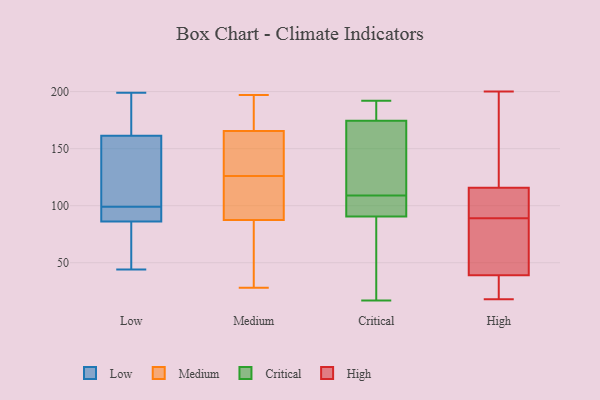
{"axis": {"x": "Bounce Rate (%)", "y": "Value"}, "legend": ["Critical", "High", "Low", "Medium"], "data": [{"x": "", "y": 96, "type": "Low"}, {"x": "", "y": 183, "type": "Low"}, {"x": "", "y": 135, "type": "Low"}, {"x": "", "y": 44, "type": "Low"}, {"x": "", "y": 65, "type": "Low"}, {"x": "", "y": 189, "type": "Low"}, {"x": "", "y": 159, "type": "Low"}, {"x": "", "y": 141, "type": "Low"}, {"x": "", "y": 176, "type": "Low"}, {"x": "", "y": 52, "type": "Low"}, {"x": "", "y": 127, "type": "Low"}, {"x": "", "y": 87, "type": "Low"}, {"x": "", "y": 96, "type": "Low"}, {"x": "", "y": 86, "type": "Low"}, {"x": "", "y": 199, "type": "Low"}, {"x": "", "y": 99, "type": "Low"}, {"x": "", "y": 89, "type": "Low"}, {"x": "", "y": 162, "type": "Low"}, {"x": "", "y": 51, "type": "Low"}, {"x": "", "y": 172, "type": "Medium"}, {"x": "", "y": 87, "type": "Medium"}, {"x": "", "y": 89, "type": "Medium"}, {"x": "", "y": 91, "type": "Medium"}, {"x": "", "y": 195, "type": "Medium"}, {"x": "", "y": 154, "type": "Medium"}, {"x": "", "y": 97, "type": "Medium"}, {"x": "", "y": 80, "type": "Medium"}, {"x": "", "y": 181, "type": "Medium"}, {"x": "", "y": 161, "type": "Medium"}, {"x": "", "y": 126, "type": "Medium"}, {"x": "", "y": 28, "type": "Medium"}, {"x": "", "y": 111, "type": "Medium"}, {"x": "", "y": 197, "type": "Medium"}, {"x": "", "y": 73, "type": "Medium"}, {"x": "", "y": 160, "type": "Medium"}, {"x": "", "y": 79, "type": "Medium"}, {"x": "", "y": 158, "type": "Medium"}, {"x": "", "y": 167, "type": "Medium"}, {"x": "", "y": 187, "type": "Critical"}, {"x": "", "y": 111, "type": "Critical"}, {"x": "", "y": 173, "type": "Critical"}, {"x": "", "y": 127, "type": "Critical"}, {"x": "", "y": 103, "type": "Critical"}, {"x": "", "y": 185, "type": "Critical"}, {"x": "", "y": 192, "type": "Critical"}, {"x": "", "y": 75, "type": "Critical"}, {"x": "", "y": 175, "type": "Critical"}, {"x": "", "y": 17, "type": "Critical"}, {"x": "", "y": 98, "type": "Critical"}, {"x": "", "y": 61, "type": "Critical"}, {"x": "", "y": 109, "type": "Critical"}, {"x": "", "y": 88, "type": "Critical"}, {"x": "", "y": 99, "type": "Critical"}, {"x": "", "y": 19, "type": "High"}, {"x": "", "y": 196, "type": "High"}, {"x": "", "y": 63, "type": "High"}, {"x": "", "y": 18, "type": "High"}, {"x": "", "y": 89, "type": "High"}, {"x": "", "y": 103, "type": "High"}, {"x": "", "y": 71, "type": "High"}, {"x": "", "y": 120, "type": "High"}, {"x": "", "y": 31, "type": "High"}, {"x": "", "y": 93, "type": "High"}, {"x": "", "y": 200, "type": "High"}]}